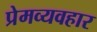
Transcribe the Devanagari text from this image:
प्रेमव्यवहार